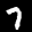
Label: 7